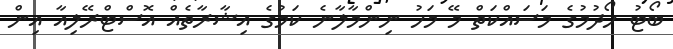
ބޯޓު ހޯދުމުގެ މަސައްކަތް މޭ މަހު ނިންމާލާނެ ކަމުގެ އިޝާރާތެއް އޮސްޓްރޭލިއާ އިން